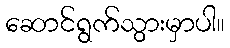
ဆောင်ရွက်သွားမှာပါ။